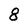
Character: 8